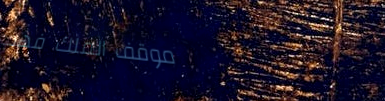
موقف الملك فهد